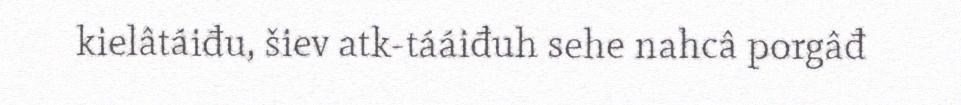
kielâtáiđu, šiev atk-tááiđuh sehe nahcâ porgâđ